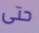
حتى